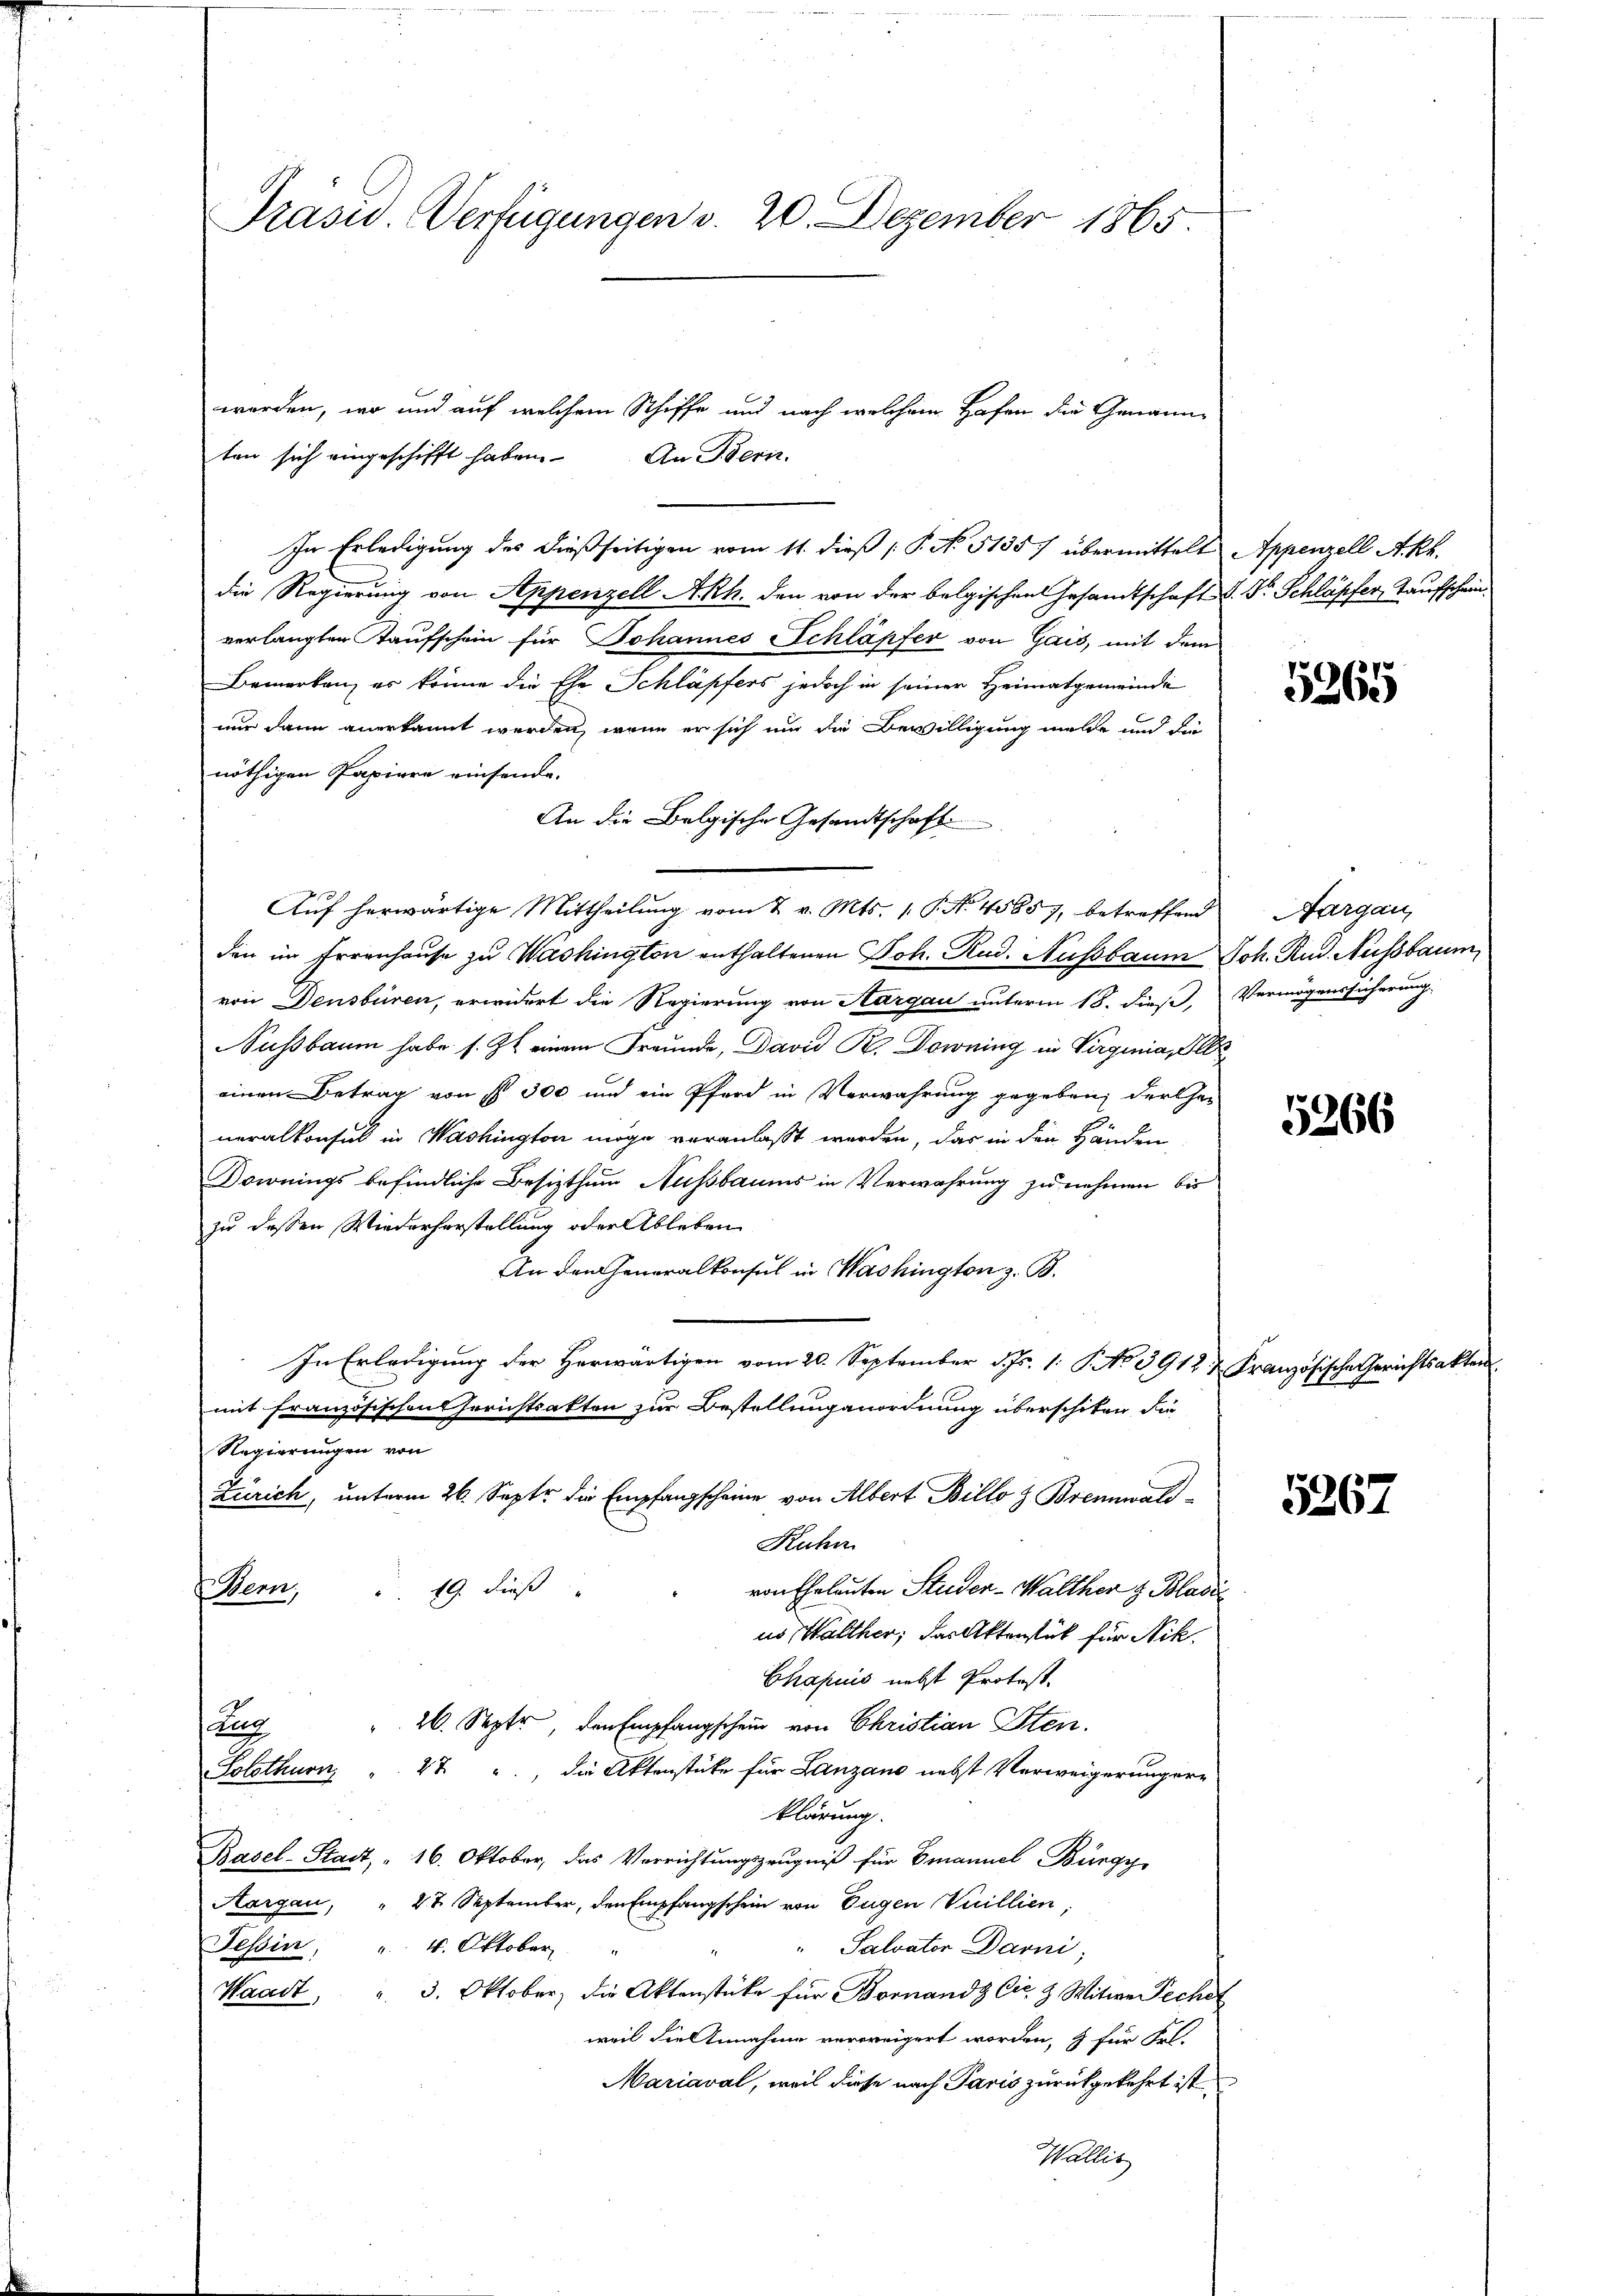
Prasid. Verfügungen v. 20. Dezember 1865.

In Erledigung des dießseitigen vom 11. dieß P. No 51357 übermittelt
die Regierung von Appenzell A.Rh. den von der belgischen Gesandtschaft
verlangten Taufschein für Johannes Schläpfer von Gais, mit dem
Bemerken, er könne die Ehe Schläpfers jedoch in seiner Heimatgemeinde
nur dann anerkannt werden, wenn er sich um die Bewilligung mele und die
nöthigen Papiere einsende.
An die Belgische Gesandtschaft
Auf herwärtige Mittheilung vom 2. v. Mts. 1. P. Nr. 45857, betreffend
den im Irrenhause zu Washington enthaltenen Joh. Rud. Nussbaum
von Densbüren, erwidert die Regierung von Aargau unterm 18. dieß,
Nussbaum habe s. Zt. einem Freunde, David R. Downing in Virginia, Elle
einen Betrag von § 300 und ein Pferd in Verwahrung gegeben, der her
neralkonsul in Washington möge veranlaßt werden, das in den Händen
Downings befindliche Besizthum Nussbaums in Verwahrung zu nehmen bis
zu dessen Wiederhorstellung oder Ableben
An den Generalkonsul in Washington z. B.
In Erledigung der Herwärtigen vom 20. September d. Js. 1. No 3912 & Französische Gerichtsakten
mit Französischen Gerichtsakten zur Bestellung anordnung überschiken, die
Regierungen von
Zürich, unterm 26. Septr die Empfangscheine von Albert Billo z. Brennwald-
Kuhn
von Eheleuten Studer-Walther z. Blase
19. dieß
Bern,
us Walther, das Aktenstück für Nik.
Chapuis nebst Protost
26. Septer, den Empfangschein von Christian Sten.
Zug
Solothurn, " 47 , die Aktenstüke für Lanzano nebst Verweigerungere
klärung.
Basel-Stadt, " 16. Oktober, das Verrichtungszeugniß für Emanuel Bürgy
Aargau, " 22. September, den Empfangschein von Eugen Vuillien,
Tessin, " 4. Oktober
" Salvator Darni,
Waadt, u. 3. Oktober die Aktenstüke für Bornandz Cie & Witwe Peche
weil die Annahme verweigert worden, & für Frl.
Mariaval, weil diese nach Paris zurückgekehrt ist.
Wallis

ten sich eingeschifft haben. An Bern.

werden, wo und auf welchem Schiffe und nach welchem Hafen die Genann¬

Appenzell A.Rh.
S. Dr. Schläpfer, Taufschein

.

Aargau,
Joh. Rud. Aussbaum
Vermögenssicherung.

5265

5266

5267